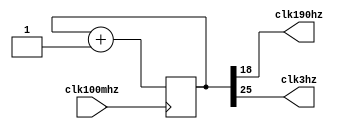
`timescale 1ns / 1ps
module clkDiv(
    input clk100mhz,
    output clk190hz,
    output clk3hz
    );

    reg [25:0] count = 0;
    assign clk190hz = count[18];
    assign clk3hz = count[25];
    always @(posedge clk100mhz) begin
       count <= count + 1; 
    end

endmodule